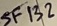
Text: SF132